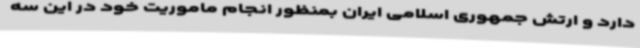
دارد و ارتش جمهوری اسلامی ایران بمنظور انجام ماموریت خود در این سه